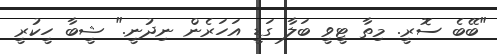
"ބޭބެ ސޮރީ. މިތާ ޓީވީ ބަލާ ގަޑީ އަހަރެން ނިދުނީ." ޝީބާ ހީކުރީ